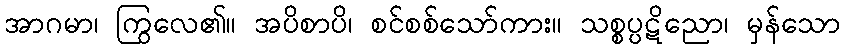
အာဂမာ၊ ကြွလေ၏။ အပိစာပိ၊ စင်စစ်သော်ကား။ သစ္စပ္ပဋိညော၊ မှန်သော